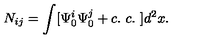
N _ { i j } = \int [ \Psi _ { 0 } ^ { i } \Psi _ { 0 } ^ { j } + c . \ c . \ ] d ^ { 2 } x .